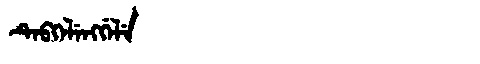
Manchu: ᡨᡝᠪᡴᡝᠯᡝᠩᡤᡝᠯᡝ
Romanization: TEBKELENGGELE